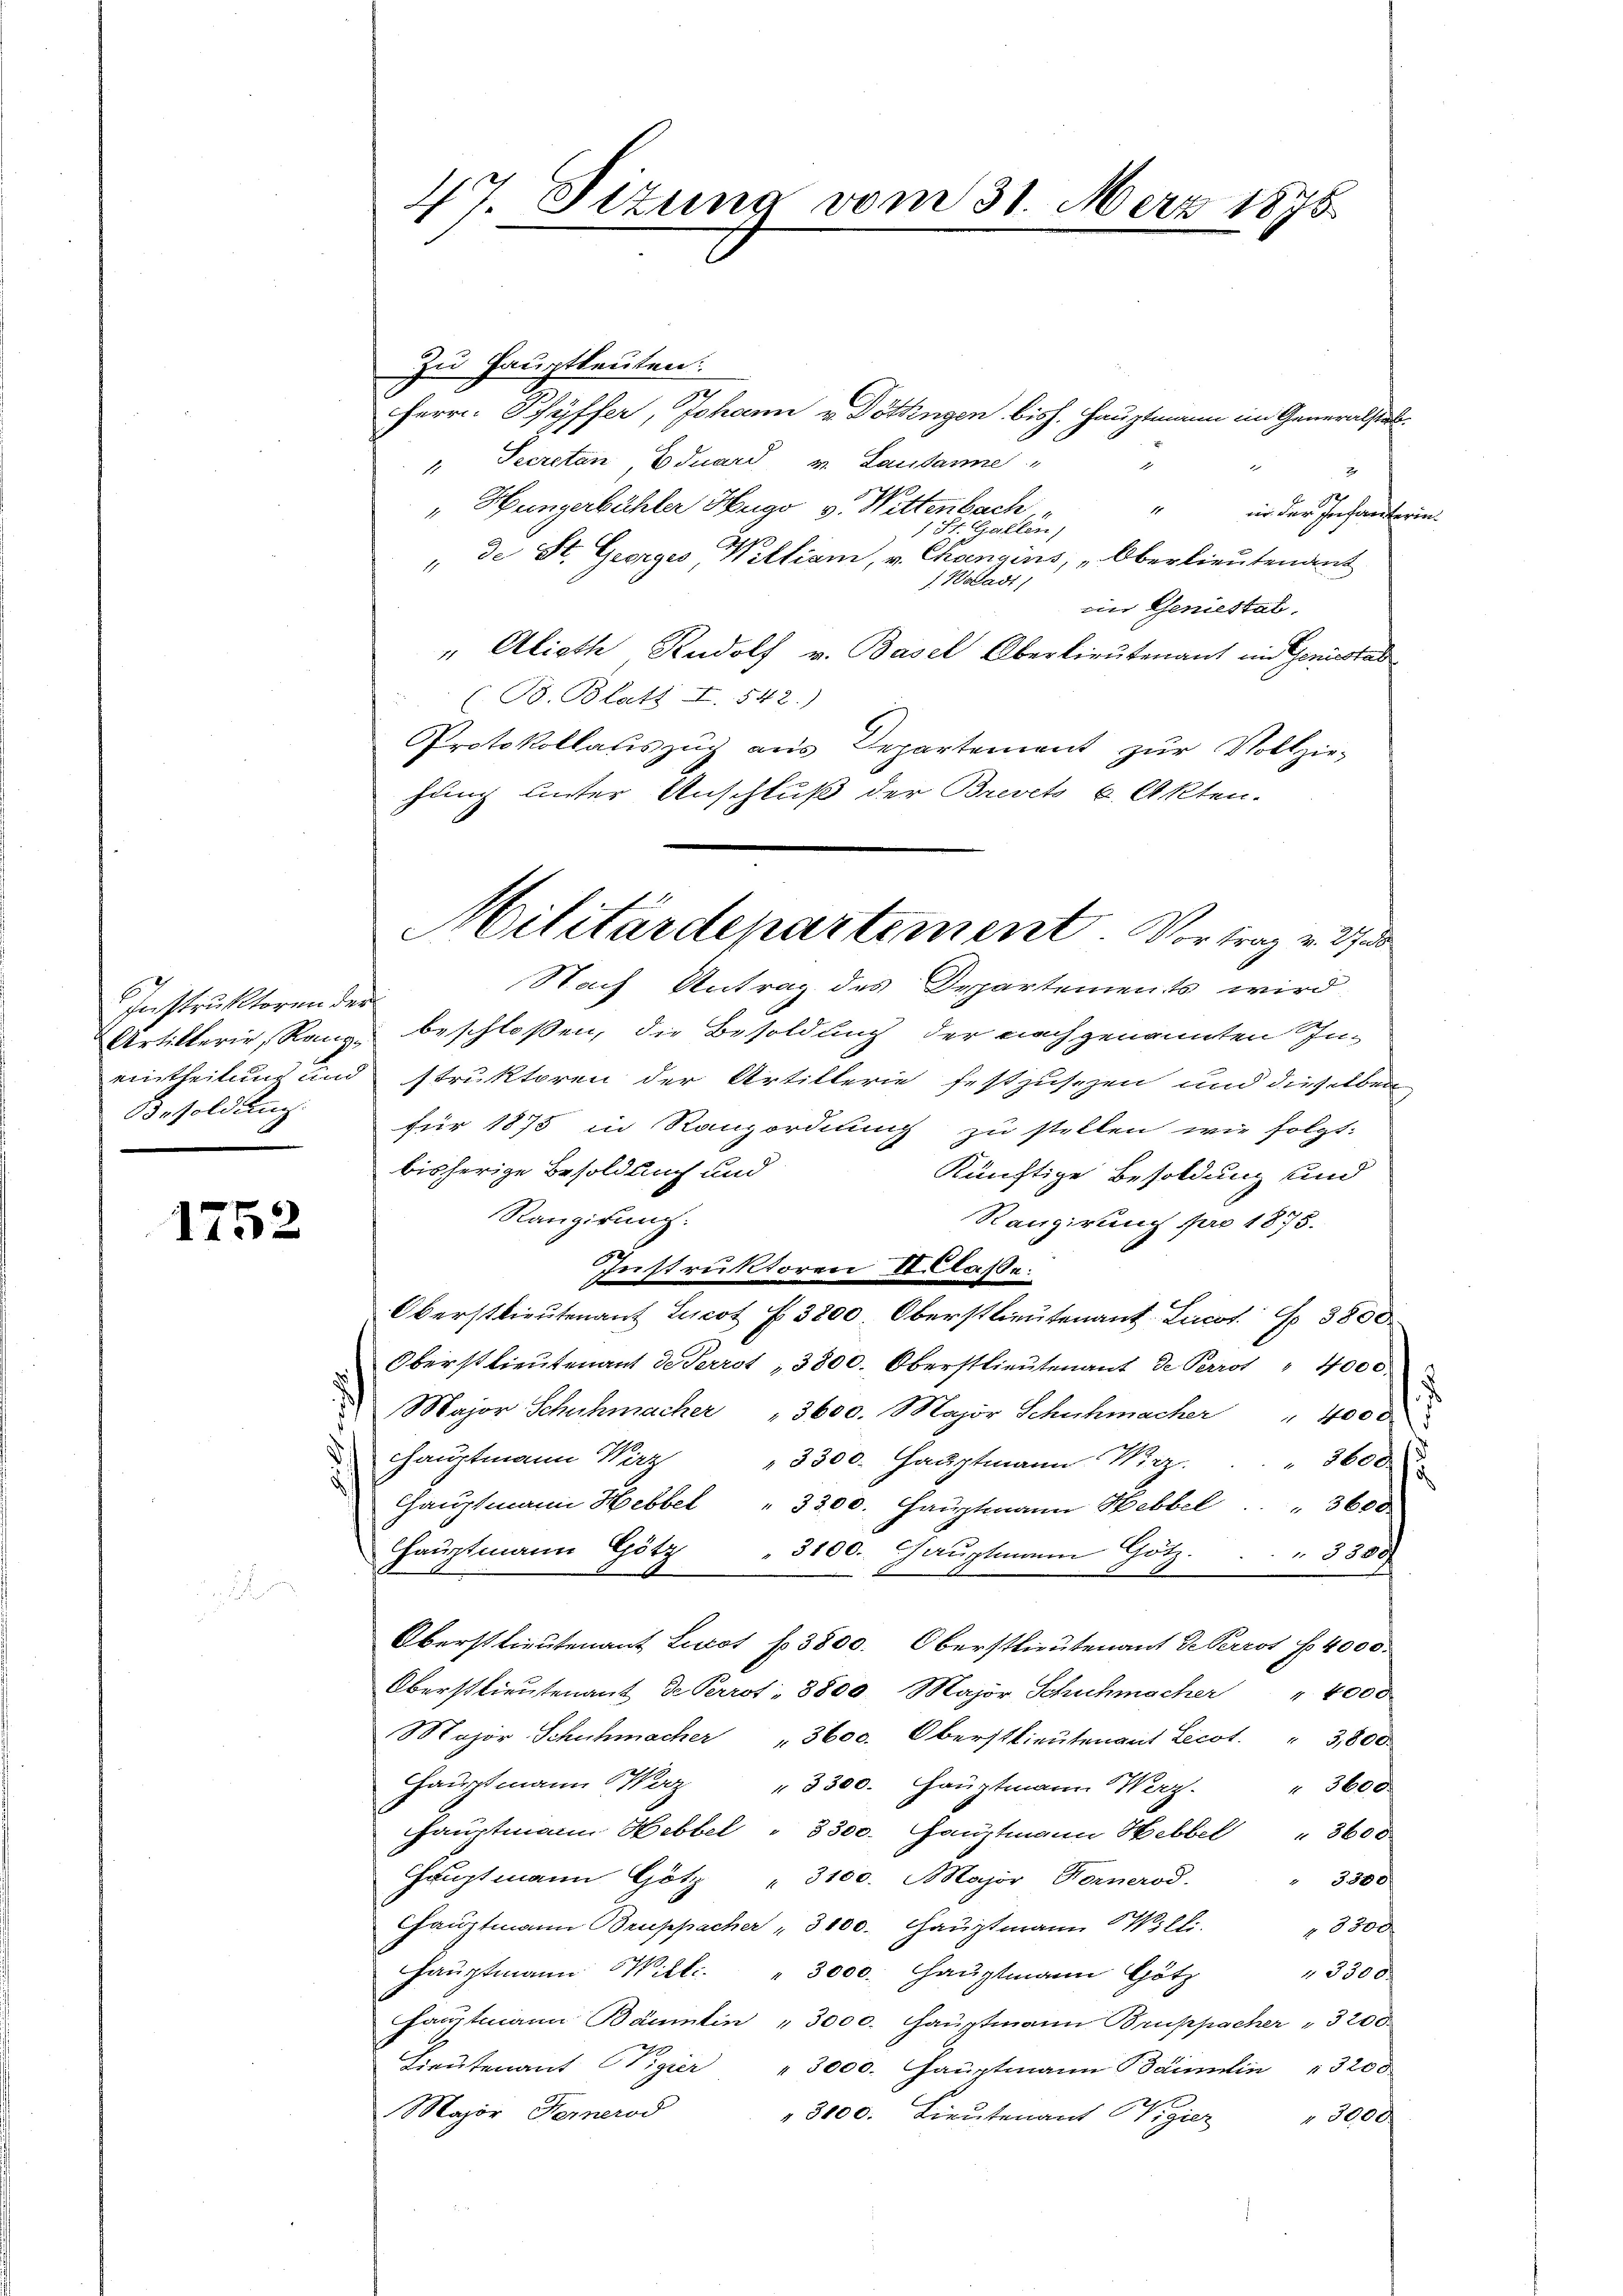
Instruktoren der
Besoldung.
.

1752

Zu Hauptleuten:
Herrn Schöffer, Johann v. Döttingen bish. Hauptmann im Generalstat
" Secretan Eduard u. Lausanne
d
u
E
"Huingerbächler Hugo v. Wittenbach
1
ir der Infanterint. Gallen)
de St. Georges William, v. Changins, „Oberlieutenant
1. Waadt,
en Geniestal.
" Alioth Rudolf v. Basel Oberlieutenant im Geniestas
(B. Blatt I. 542.)
Protokollauszug aus Repartement zŭr Vollzie-
hung unter Anschluß der Brevets 6. Akten.
Nach Antrag des Departements wird
Artikterie, Rang beschloßen, die Besoldung der nach genannten In-
eintheilung und struktoren der Artillerie festzusezen und dieselben
für 1875 in Ranzordnung zu stellen wie folgt:
bisherige Besoldung und
Künftige Besoldung und
Rangirung:
Rangirung pro 1875.
Instruktoren laße:
Oberstlieutenant Lucot f. 3800. Oberstlieutenant Licot No 3800
Oberstlieutenant de Perrot, 3800. Oberstlieutenant de Perrot " 4000.
Major Schuhmacher " 3600. Major Schuhmacher " 4000
.
hauptmann Wirz " 3300. Hauptmann Wirz.
egs
Hauptmann Hebbel " 3300. Hauptmann Hebbel . . . 3600
Hauptmann Götz " 3100. Chauptmann Götz.
3800
Oberstlieutenant Lucot f. 3800. Oberstlieutenant de Perrot f. 4000.
Oberstlieutenant de Perrot, 8800. Major Schuhmacher " 4000
Major Schuhmacher " 3600. Oberstlieutenant Licot. " 3,800.
Hauptmann Waz " 3300. Haŭptmann Werz. " 3600
Hauptmann Hebbel " 3300. Hauptmann Hebbel " 3600
Hauptmann Götz " 3100. Major Fornerod.
3300
Chaŭptmann Bruppacher " 3100. Haŭptmann Willi. " 3300
Hauptmann Wille. " 3000. Hauptmann Götz
3300.
Hauptmann Bäumlin " 3000. Hauptmann Bruppacher " 3200.
Lieutenant Vigier " 3000. Hauptmann Bäumlin " 3200
Major Fernerod
" 3000. Lieŭtenant Vigier " 3000

47. Sitzung vom 31. März 1876

Militärdepartement. Vortrag v. Ind